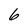
Character: 6